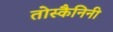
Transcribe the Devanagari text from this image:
तोस्कैनिनी